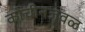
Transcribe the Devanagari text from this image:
कोचीनजवळ